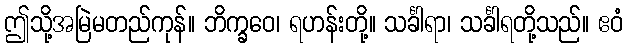
ဤသို့အမြဲမတည်ကုန်။ ဘိက္ခဝေ၊ ရဟန်းတို့။ သင်္ခါရာ၊ သင်္ခါရတို့သည်။ ဧဝံ